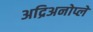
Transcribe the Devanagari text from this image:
अद्रिअनोप्ले